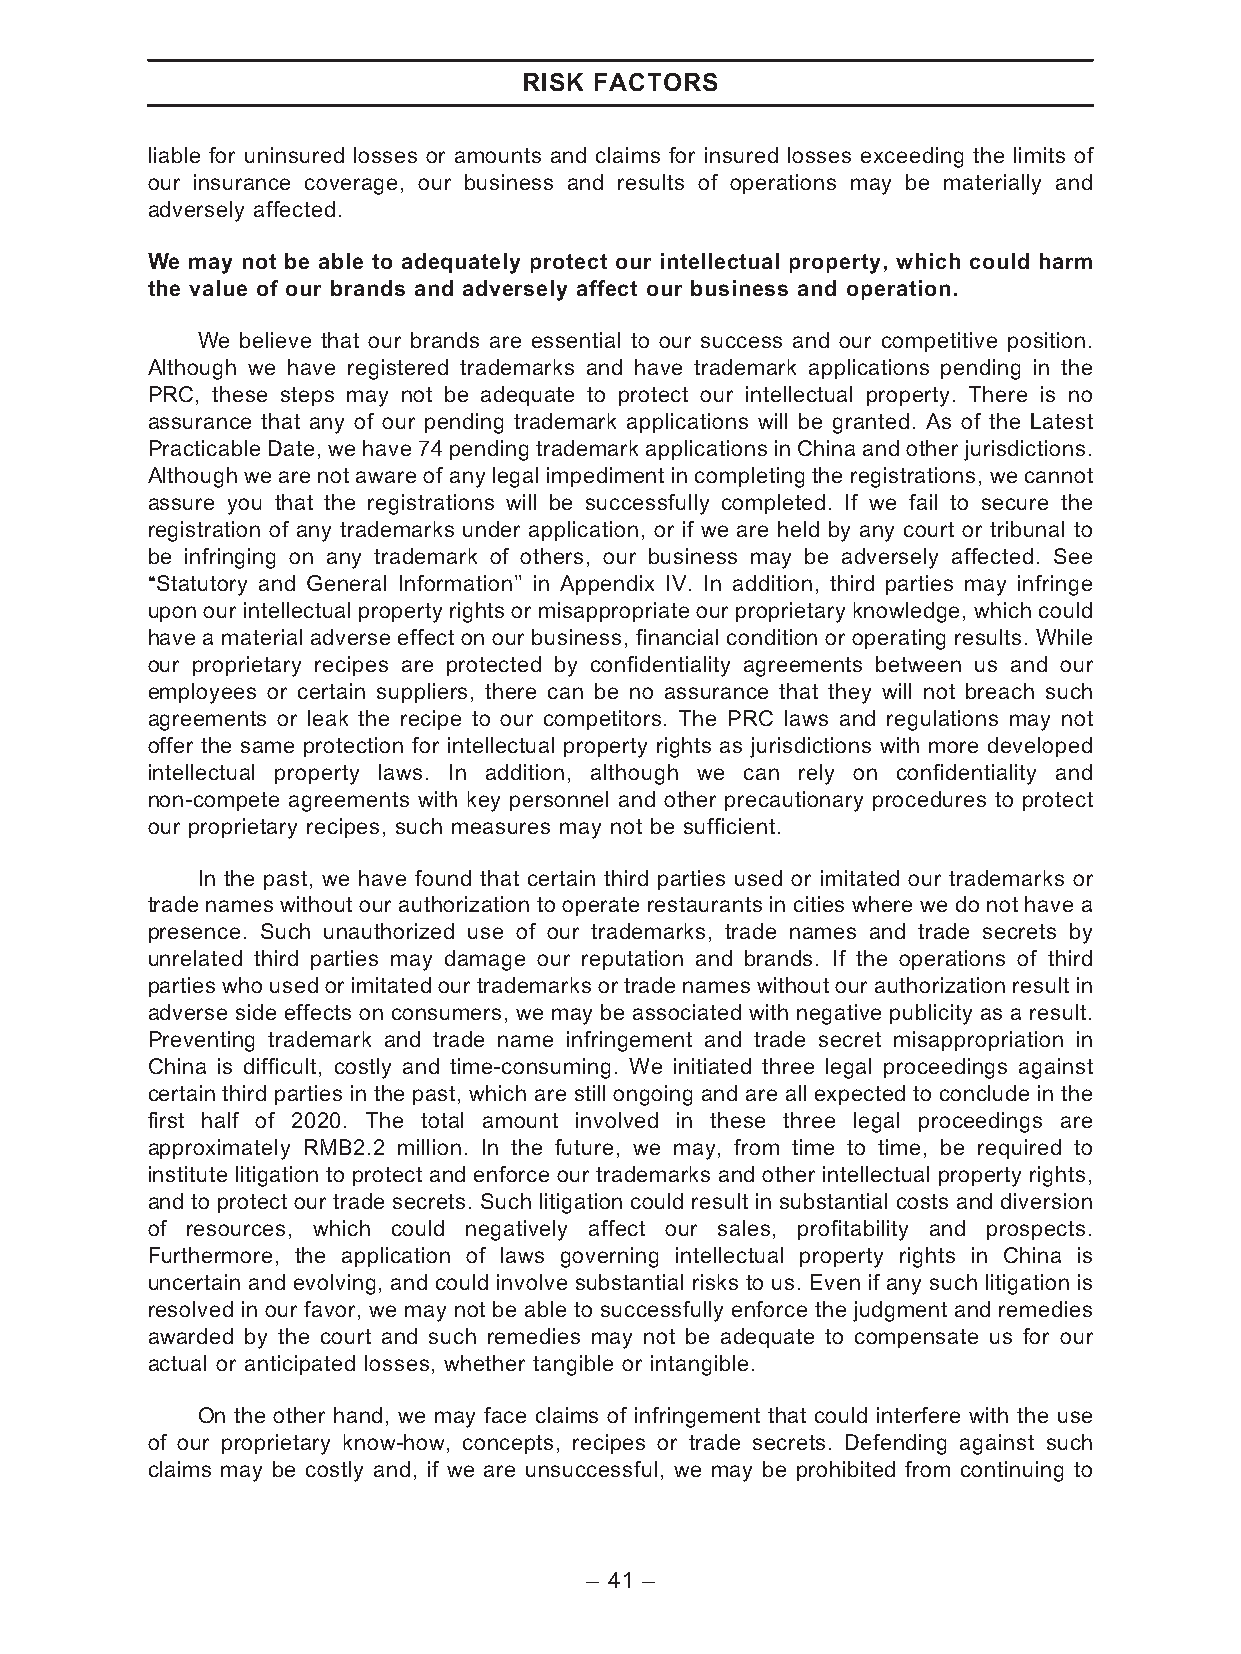
RISK FACTORS
 liable for uninsured losses or amounts and claims for insured losses exceeding the limits of
 our insurance coverage, our business and results of operations may be materially and
 adversely affected.
 We may not be able to adequately protect our intellectual property, which could harm
 the value of our brands and adversely affect our business and operation.
 We believe that our brands are essential to our success and our competitive position.
 Although we have registered trademarks and have trademark applications pending in the
 PRC, these steps may not be adequate to protect our intellectual property. There is no
 assurance that any of our pending trademark applications will be granted. As of the Latest
 Practicable Date, we have 74 pending trademark applications in China and other jurisdictions.
 Although we are not aware of any legal impediment in completing the registrations, we cannot
 assure you that the registrations will be successfully completed. If we fail to secure the
 registration of any trademarks under application, or if we are held by any court or tribunal to
 be infringing on any trademark of others, our business may be adversely affected. See
 ‘‘Statutory and General Information’’ in Appendix IV. In addition, third parties may infringe
 upon our intellectual property rights or misappropriate our proprietary knowledge, which could
 have a material adverse effect on our business, financial condition or operating results. While
 our proprietary recipes are protected by confidentiality agreements between us and our
 employees or certain suppliers, there can be no assurance that they will not breach such
 agreements or leak the recipe to our competitors. The PRC laws and regulations may not
 offer the same protection for intellectual property rights as jurisdictions with more developed
 intellectual property laws. In addition, although we can rely on confidentiality and
 non-compete agreements with key personnel and other precautionary procedures to protect
 our proprietary recipes, such measures may not be sufficient.
 In the past, we have found that certain third parties used or imitated our trademarks or
 trade names without our authorization to operate restaurants in cities where we do not have a
 presence. Such unauthorized use of our trademarks, trade names and trade secrets by
 unrelated third parties may damage our reputation and brands. If the operations of third
 partieswho used or imitated our trademarksortrade nameswithout our authorization result in
 adverse side effects on consumers, we may be associated with negative publicity as a result.
 Preventing trademark and trade name infringement and trade secret misappropriation in
 China is difficult, costly and time-consuming. We initiated three legal proceedings against
 certain third parties in the past, which are still ongoing and are all expected to conclude in the
 first half of 2020. The total amount involved in these three legal proceedings are
 approximately RMB2.2 million. In the future, we may, from time to time, be required to
 institute litigation to protect and enforce our trademarks and other intellectual property rights,
 and to protect our trade secrets. Such litigation could result in substantial costs and diversion
 of resources, which could negatively affect our sales, profitability and prospects.
 Furthermore, the application of laws governing intellectual property rights in China is
 uncertain and evolving, and could involve substantial risks to us. Even if any such litigation is
 resolved in our favor, we may not be able to successfully enforce the judgment and remedies
 awarded by the court and such remedies may not be adequate to compensate us for our
 actual or anticipated losses, whether tangible or intangible.
 On the other hand, we may face claims of infringement that could interfere with the use
 of our proprietary know-how, concepts, recipes or trade secrets. Defending against such
 claims may be costly and, if we are unsuccessful, we may be prohibited from continuing to
 – 41 –